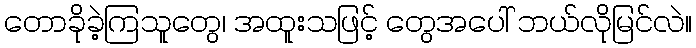
တောခိုခဲ့ကြသူတွေ၊ အထူးသဖြင့် တွေအပေါ် ဘယ်လိုမြင်လဲ။